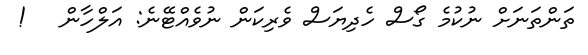
ތަންތަނަށް ނުކުމެ ގޯސް ހެދިޔަސް ވެރިކަން ނުވެއްޓޭނެ: އަލްހާން   !